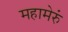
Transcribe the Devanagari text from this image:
महामेरुं